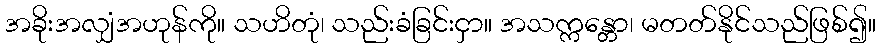
အခိုးအလျှံအဟုန်ကို။ သဟိတုံ၊ သည်းခံခြင်းငှာ။ အသက္ကန္တော၊ မတတ်နိုင်သည်ဖြစ်၍။